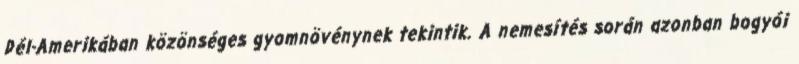
Dél-Amerikában közönséges gyomnövénynek tekintik. A nemesítés során azonban bogyói